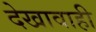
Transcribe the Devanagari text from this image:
देखावाही